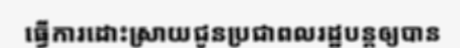
ធ្វើការដោះស្រាយជូនប្រជាពលរដ្ឋបន្តឲ្យបាន